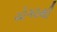
ચોગઠથી